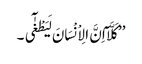
’’کَلَّآ اِنَّ الِاْنْسَانَ لَیَطْغٰٓی ۔